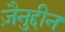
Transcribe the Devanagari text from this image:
ज़ैनुद्दीन